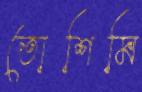
তোশিমি